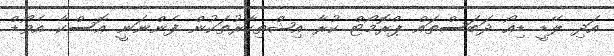
އަދި ލޭޑީ ޑިއޯ ދަބަސްތައް ޕްރޮމޯޓް ކުރާ އިޝްތިހާރުތަކުން ފެންނަނީ އޮސްކާ އެވޯޑް